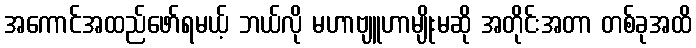
အကောင်အထည်ဖော်ရမယ့် ဘယ်လို မဟာဗျူဟာမျိုးမဆို အတိုင်းအတာ တစ်ခုအထိ